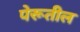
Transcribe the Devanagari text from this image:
पेरूतील